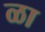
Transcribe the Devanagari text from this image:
ळा